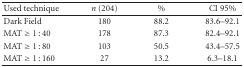
<table><thead><tr><td><b>Used technique</b></td><td><b><i>n</i> (204)</b></td><td><b>%</b></td><td><b>CI 95%</b></td></tr></thead><tbody><tr><td>Dark Field</td><td>180</td><td>88.2</td><td>83.6–92.1</td></tr><tr><td>MAT ≥ 1 : 40</td><td>178</td><td>87.3</td><td>82.4–92.1</td></tr><tr><td>MAT ≥ 1 : 80</td><td>103</td><td>50.5</td><td>43.4–57.5</td></tr><tr><td>MAT ≥ 1 : 160</td><td>27</td><td>13.2</td><td>6.3–18.1</td></tr></tbody></table>